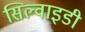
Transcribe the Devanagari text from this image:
सिल्वाइडी